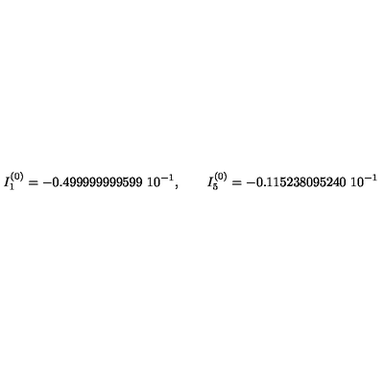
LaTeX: I _ { 1 } ^ { ( 0 ) } = - 0 . 4 9 9 9 9 9 9 9 9 5 9 9 \ 1 0 ^ { - 1 } , \qquad I _ { 5 } ^ { ( 0 ) } = - 0 . 1 1 5 2 3 8 0 9 5 2 4 0 \ 1 0 ^ { - 1 }